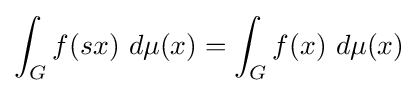
\int _{G}f(sx)\ d\mu (x)=\int _{G}f(x)\ d\mu (x)